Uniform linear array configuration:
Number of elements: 16
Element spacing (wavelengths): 0.75
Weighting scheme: binomial
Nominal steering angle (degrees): -30
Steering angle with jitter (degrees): -29.727
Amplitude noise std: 0.05
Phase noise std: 0.05

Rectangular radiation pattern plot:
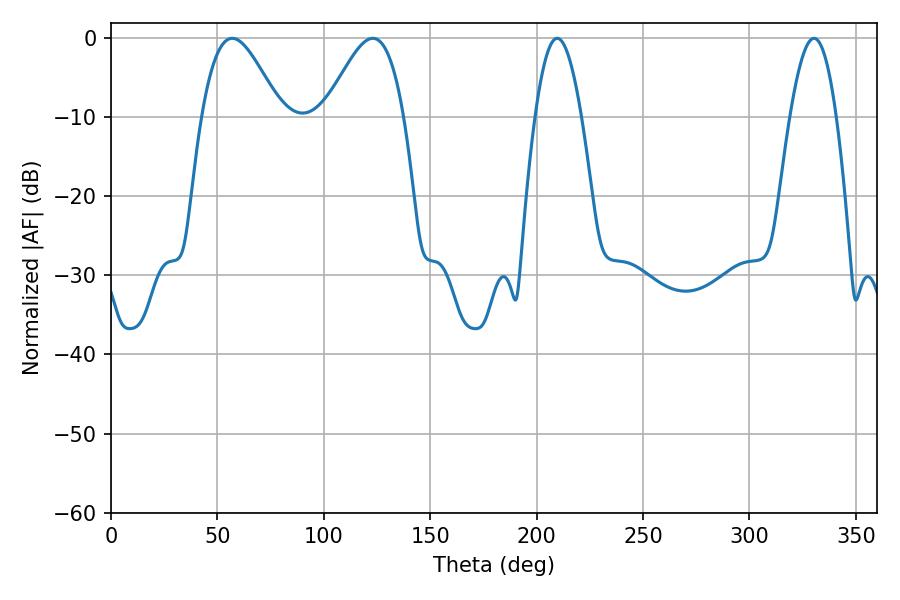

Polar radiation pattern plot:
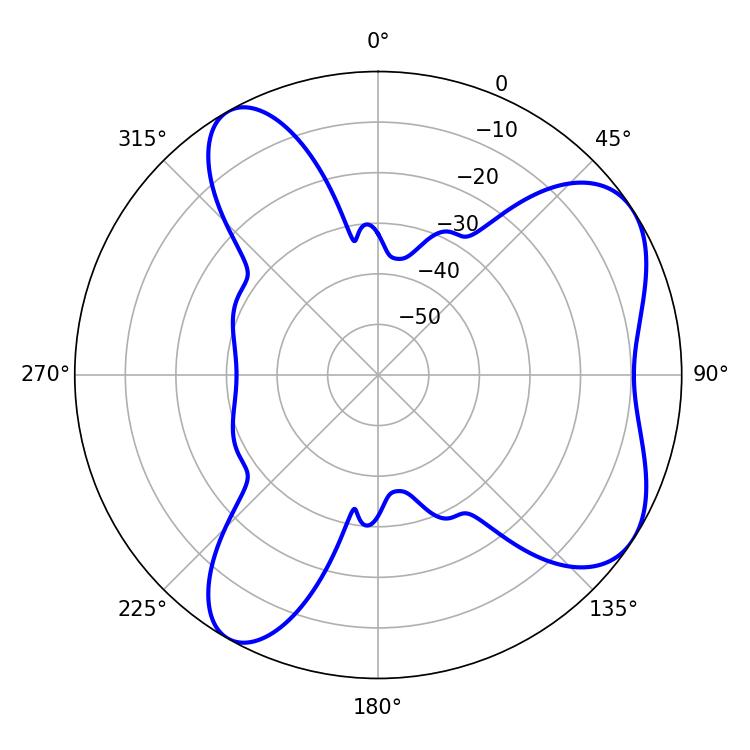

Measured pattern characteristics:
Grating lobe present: TRUE
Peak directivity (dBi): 6.419
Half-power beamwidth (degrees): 11.7
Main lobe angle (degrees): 209.7